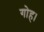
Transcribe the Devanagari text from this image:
गोह।